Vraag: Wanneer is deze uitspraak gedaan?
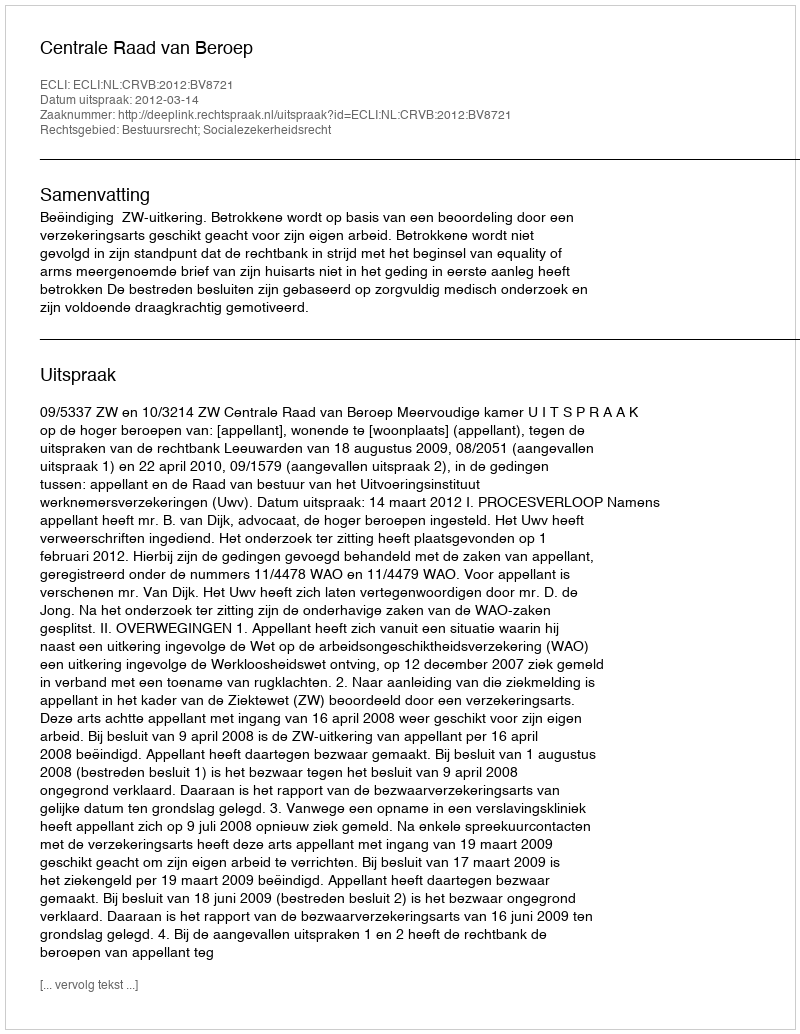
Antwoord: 2012-03-14